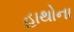
હાથોના